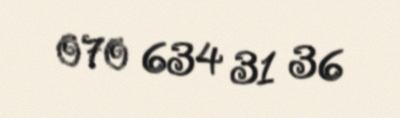
070 634 31 36